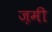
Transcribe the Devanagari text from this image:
ज़मी